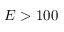
E > 1 0 0